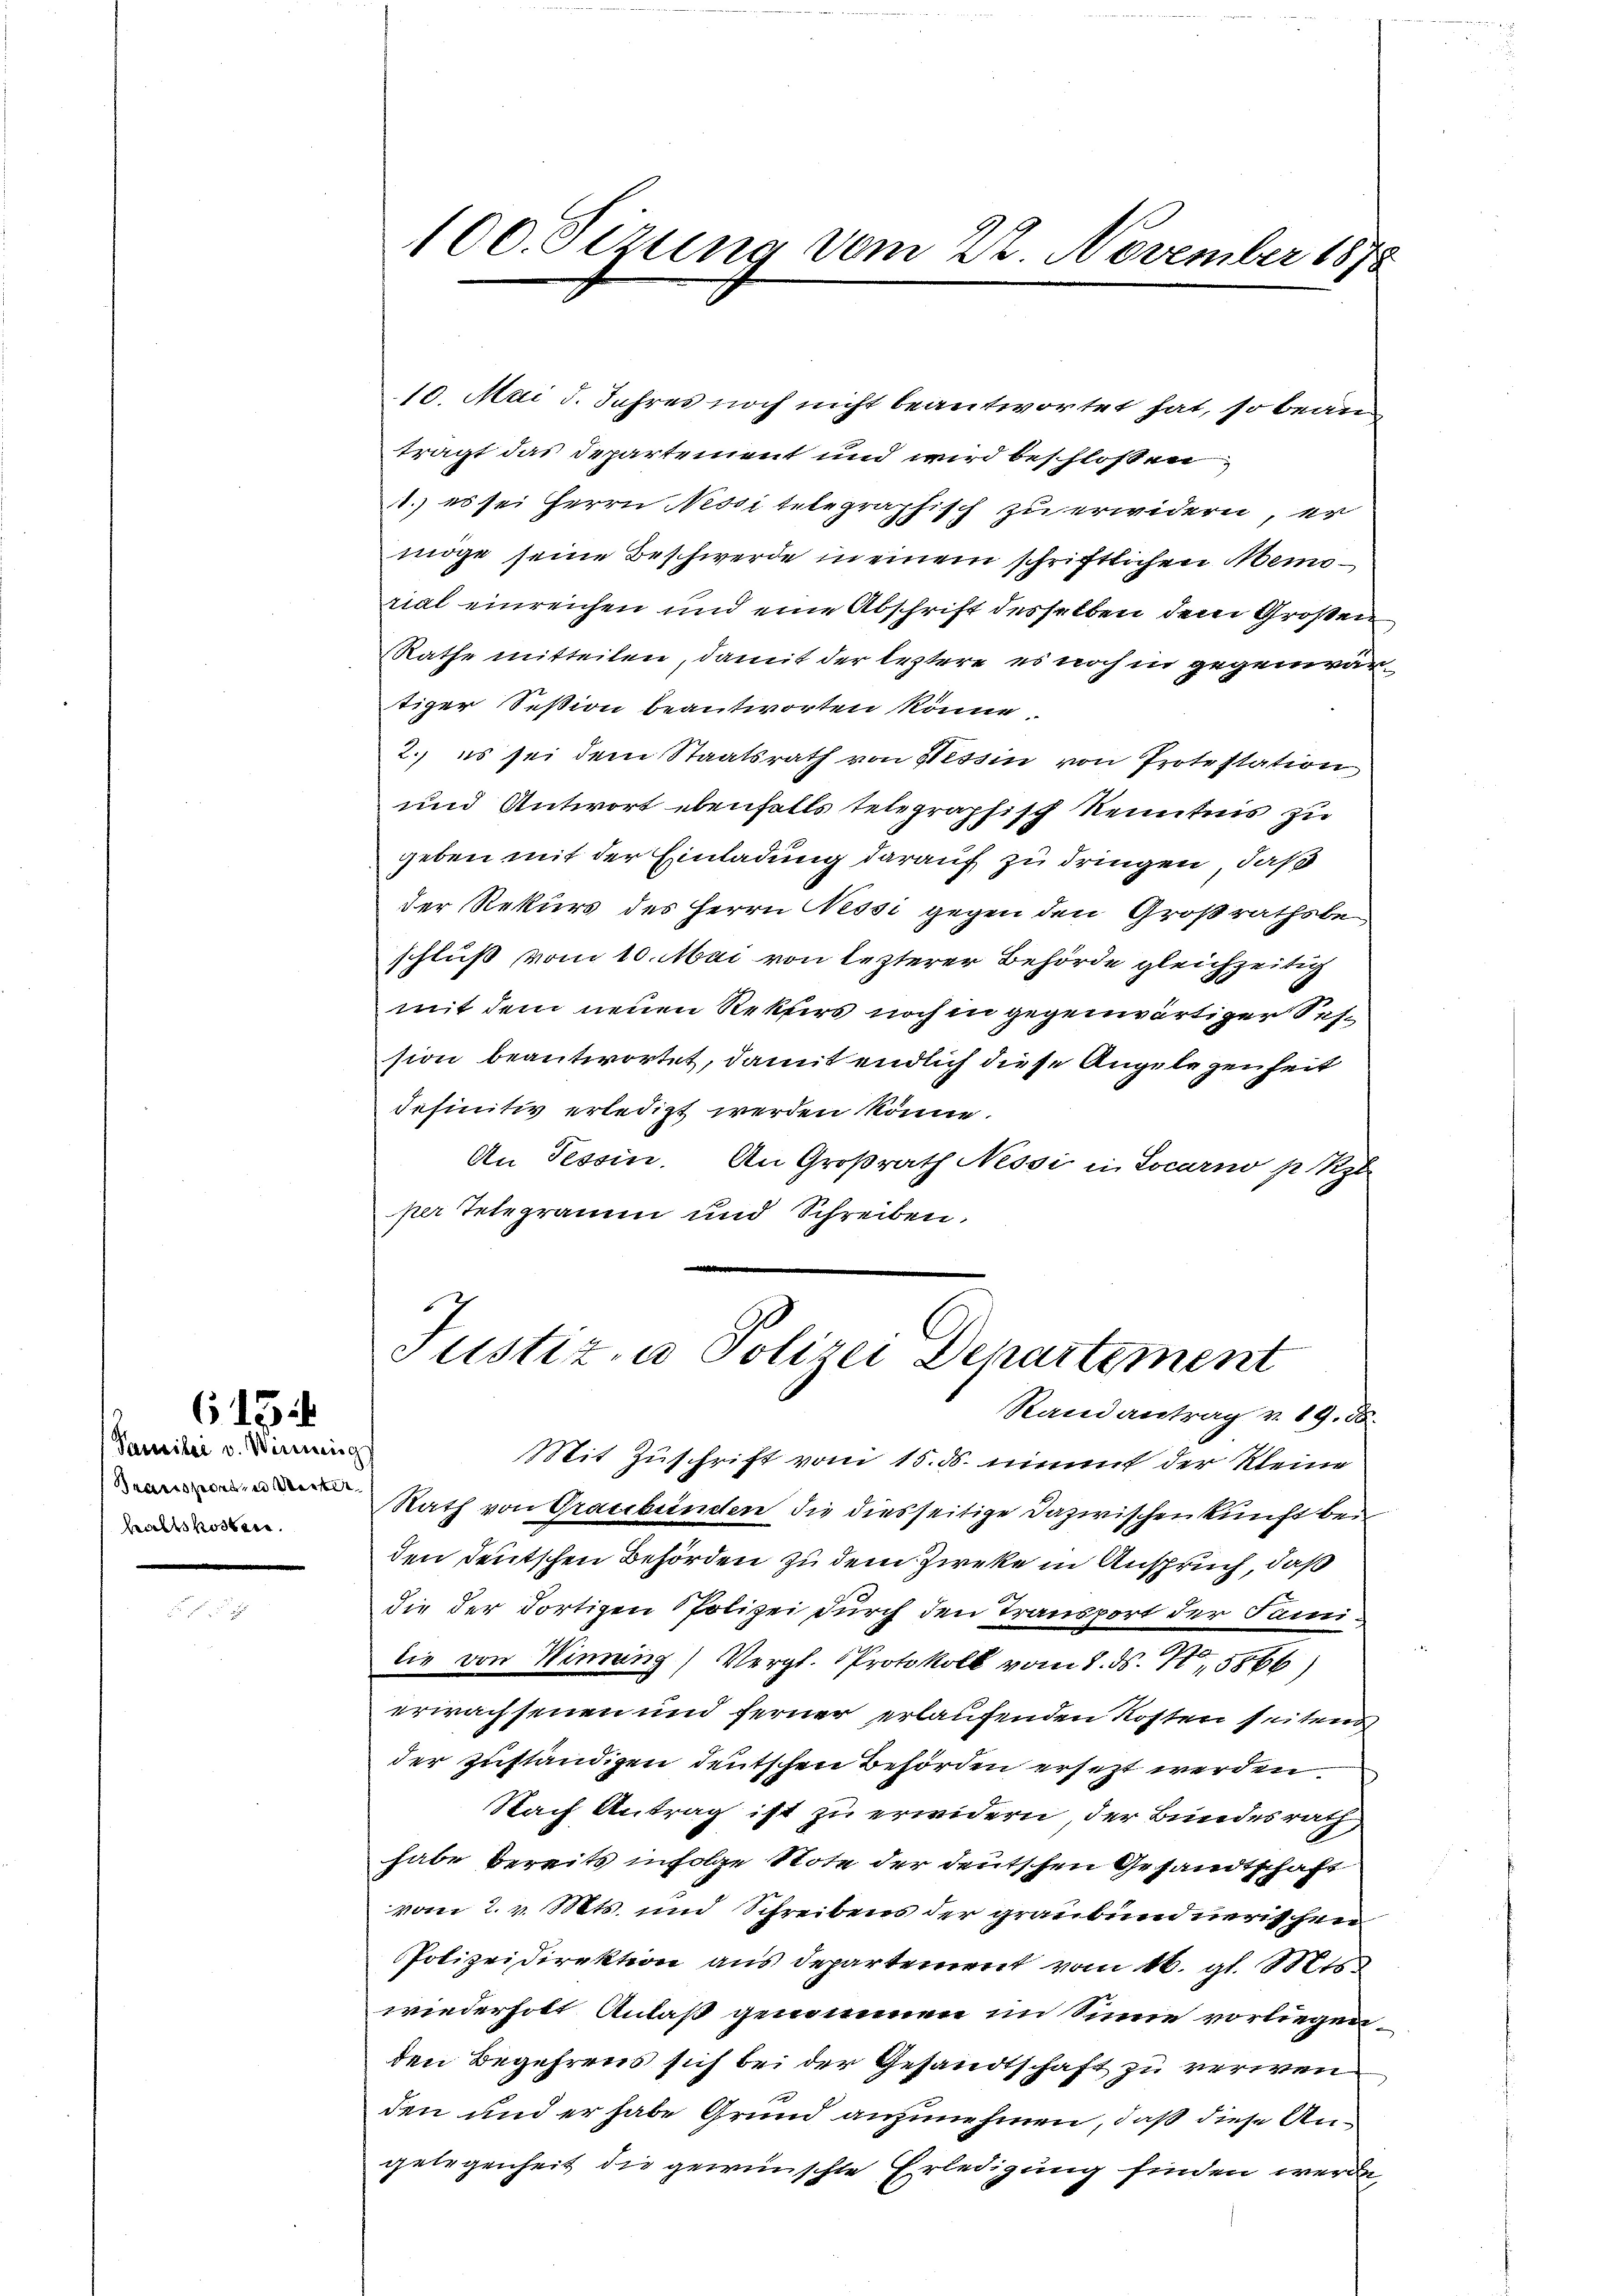
615

Samili v. Winnig
Transporten Weiter
haltskosterr.

100. Sizung vom 22. November 1878

10. Mai d. Jahres noch nicht beantwortet hat, so bean
trägt das Departement und wird beschlossen
1.) es sei Herrn Nessi telegraphisch zu erwidern, er
möge seine Beschwerde in einem schriftlichen Memorial einreichen und eine Abschrift desselben dem Großen
Rathe mitteilen, damit der leztere es noch in gegenwärtiger Session beantworten könne.
2. es sei dem Staatsrath von Hessin von Protestation
und Antwort ebenfalls telegraphisch Kenntnis zu
geben mit der Einladung darauf zu dringen, daß
der Rekurs des Herrn Nessi gegen den Großrathsbeschluß vom 10. Mai von lezterer Behörde gleichzeitig
mit dem neuen Rektors noch in gegenwärtiger Sehsion beantwortet, damit endlich diese Angelegenheit
definitiv erledigt werden könne.
An Tessin. An Großrath Nessi in Locarno p Rz
per Telegramm und Schreiben.

Mit Zuschrift vom 15. ds. minus der Kleine
Rath von Graubünden die diesseitige Dazwischenkunft bei
den deutschen Behörden zu dem Zweke in Anspruch, daß
die der dortigen Polizei durch den Transport der Familie von Winning, Vergl. Protokoll vom 8. ds. N. 5866)
erwachsenen und ferner erlaufenden Kosten seitens
der zuständigen deutschen Behörden ersetzt werden.
Nach Antrag ist zu erwidern der Bundesrath,
habe bereits infolge Note der deutschen Gesandtschaft
vom 2. v. Mts. und Schreibens der graubunnd nerischen
Polizeidirektion aus Departement vom 16. gl. Mts.
wiederholt Anlaß genommen im Sinne vorliegenden Begehrens sich bei der Gesandtschaft zu verwen
g
den und er habe Grund anzunehmen, daß diese Angelegenheit die gewünschte Erledigung finden werde,

Justiz- u Polizei Departement
Randantrag v. 19. 58.